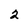
Character: 2